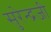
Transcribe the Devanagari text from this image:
सुरेन्द्रजी